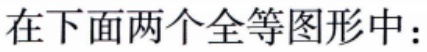
在下面两个全等图形中：